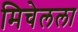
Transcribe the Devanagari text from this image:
मिचेलला